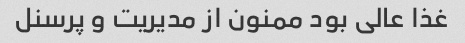
غذا عالی بود ممنون از مدیریت و پرسنل